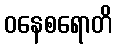
ဝနေစရောတိ